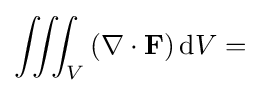
\iiint _{V}\left(\mathbf {\nabla } \cdot \mathbf {F} \right)\mathrm {d} V=